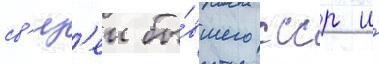
св'яз'еи бы́вшего ссср и́